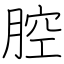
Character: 腔